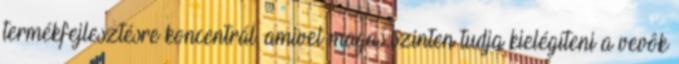
termékfejlesztésre koncentrál, amivel magas szinten tudja kielégíteni a vevôk